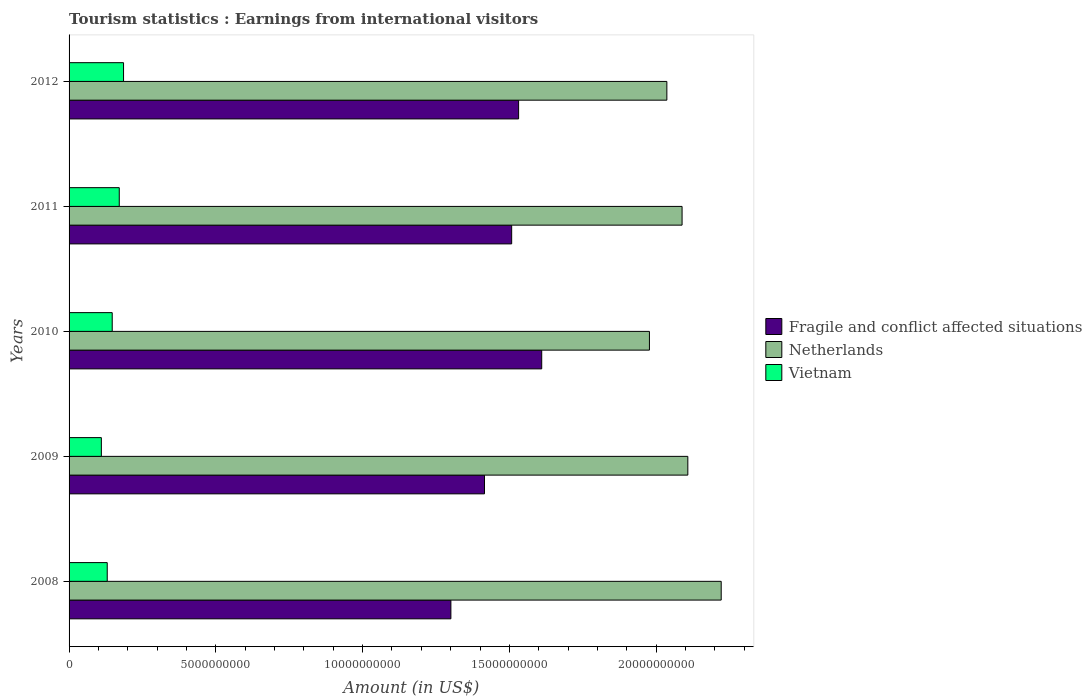
| Years | Fragile and conflict affected situations | Netherlands | Vietnam |
 | --- | --- | --- | --- |
 | 2008 | 1.3e+10 | 2.22e+10 | 1.3e+09 |
 | 2009 | 1.42e+10 | 2.11e+10 | 1.1e+09 |
 | 2010 | 1.61e+10 | 1.98e+10 | 1.47e+09 |
 | 2011 | 1.51e+10 | 2.09e+10 | 1.71e+09 |
 | 2012 | 1.53e+10 | 2.04e+10 | 1.86e+09 |